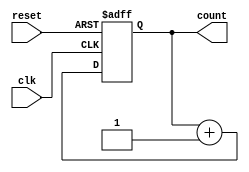
module binary_counter #(parameter N = 4) (
    input wire clk,        // Clock input
    input wire reset,      // Reset input
    output reg [N-1:0] count // N-bit output count
);

// Always block triggered on the rising edge of the clock or when reset is asserted
always @(posedge clk or posedge reset) begin
    if (reset) begin
        count <= 0; // Reset the count to 0
    end else begin
        count <= count + 1; // Increment the count
    end
end

endmodule